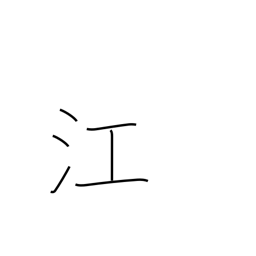
Meaning: inlet